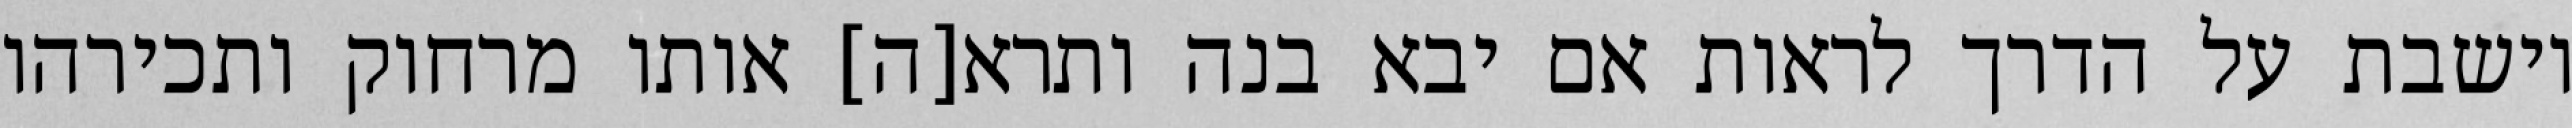
יושבת על הדרך לראות אם יבא בנה ותרא[ה] אותו מרחוק ותכירהו